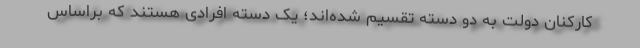
کارکنان دولت به دو دسته تقسیم شده‌اند؛ یک دسته افرادی هستند که براساس